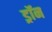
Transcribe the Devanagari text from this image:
ड्रॉन